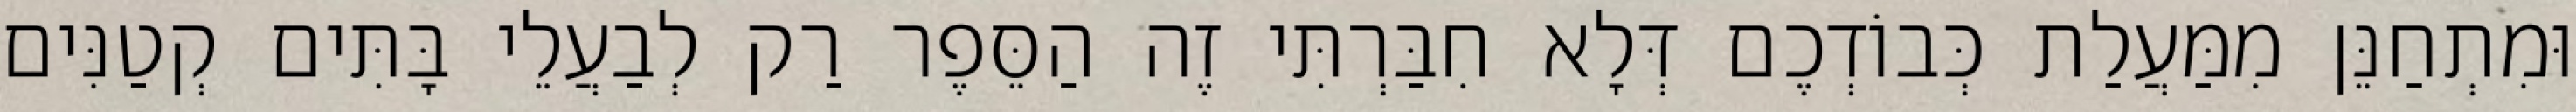
וּמִתְחַנֵּן מִמַּעֲלַת כְּבוֹדְכֶם דְּלָא חִבַּרְתִּי זֶה הַסֵּפֶר רַק לְבַעֲלֵי בָּתִּים קְטַנִּים